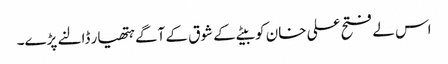
اس لے فتح علی خان کو بیٹے کے شوق کے آگے ہتھیار ڈالنے پڑے۔